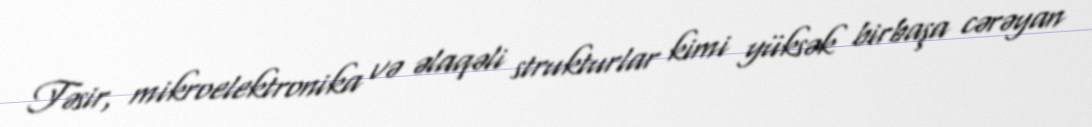
Təsir, mikroelektronika və əlaqəli strukturlar kimi yüksək birbaşa cərəyan